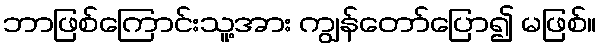
ဘာဖြစ်ကြောင်းသူ့အား ကျွန်တော်ပြော၍ မဖြစ်။